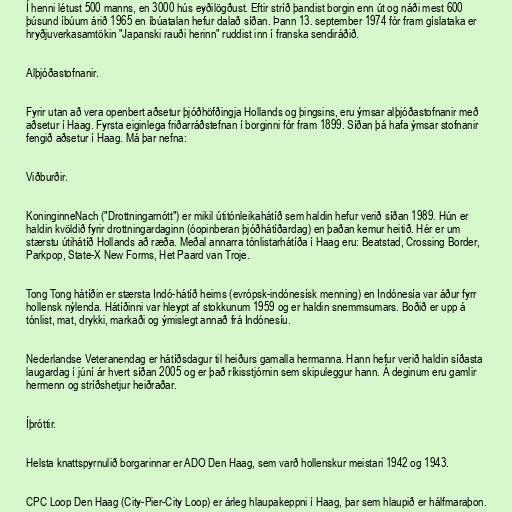
Í henni létust 500 manns, en 3000 hús eyðilögðust. Eftir stríð þandist borgin enn út og náði mest 600
þúsund íbúum árið 1965 en íbúatalan hefur dalað síðan. Þann 13. september 1974 fór fram gíslataka er
hryðjuverkasamtökin "Japanski rauði herinn" ruddist inn í franska sendiráðið.

Alþjóðastofnanir.

Fyrir utan að vera openbert aðsetur þjóðhöfðingja Hollands og þingsins, eru ýmsar alþjóðastofnanir með
aðsetur í Haag. Fyrsta eiginlega friðarráðstefnan í borginni fór fram 1899. Síðan þá hafa ýmsar stofnanir
fengið aðsetur í Haag. Má þar nefna:

Viðburðir.

KoninginneNach ("Drottningarnótt") er mikil útitónleikahátíð sem haldin hefur verið síðan 1989. Hún er
haldin kvöldið fyrir drottningardaginn (óopinberan þjóðhátíðardag) en þaðan kemur heitið. Hér er um
stærstu útihátíð Hollands að ræða. Meðal annarra tónlistarhátíða í Haag eru: Beatstad, Crossing Border,
Parkpop, State-X New Forms, Het Paard van Troje.

Tong Tong hátíðin er stærsta Indó-hátíð heims (evrópsk-indónesísk menning) en Indónesía var áður fyrr
hollensk nýlenda. Hátíðinni var hleypt af stokkunum 1959 og er haldin snemmsumars. Boðið er upp á
tónlist, mat, drykki, markaði og ýmislegt annað frá Indónesíu.

Nederlandse Veteranendag er hátíðsdagur til heiðurs gamalla hermanna. Hann hefur verið haldin síðasta
laugardag í júní ár hvert síðan 2005 og er það ríkisstjórnin sem skipuleggur hann. Á deginum eru gamlir
hermenn og stríðshetjur heiðraðar.

Íþróttir.

Helsta knattspyrnulið borgarinnar er ADO Den Haag, sem varð hollenskur meistari 1942 og 1943.

CPC Loop Den Haag (City-Pier-City Loop) er árleg hlaupakeppni í Haag, þar sem hlaupið er hálfmaraþon.